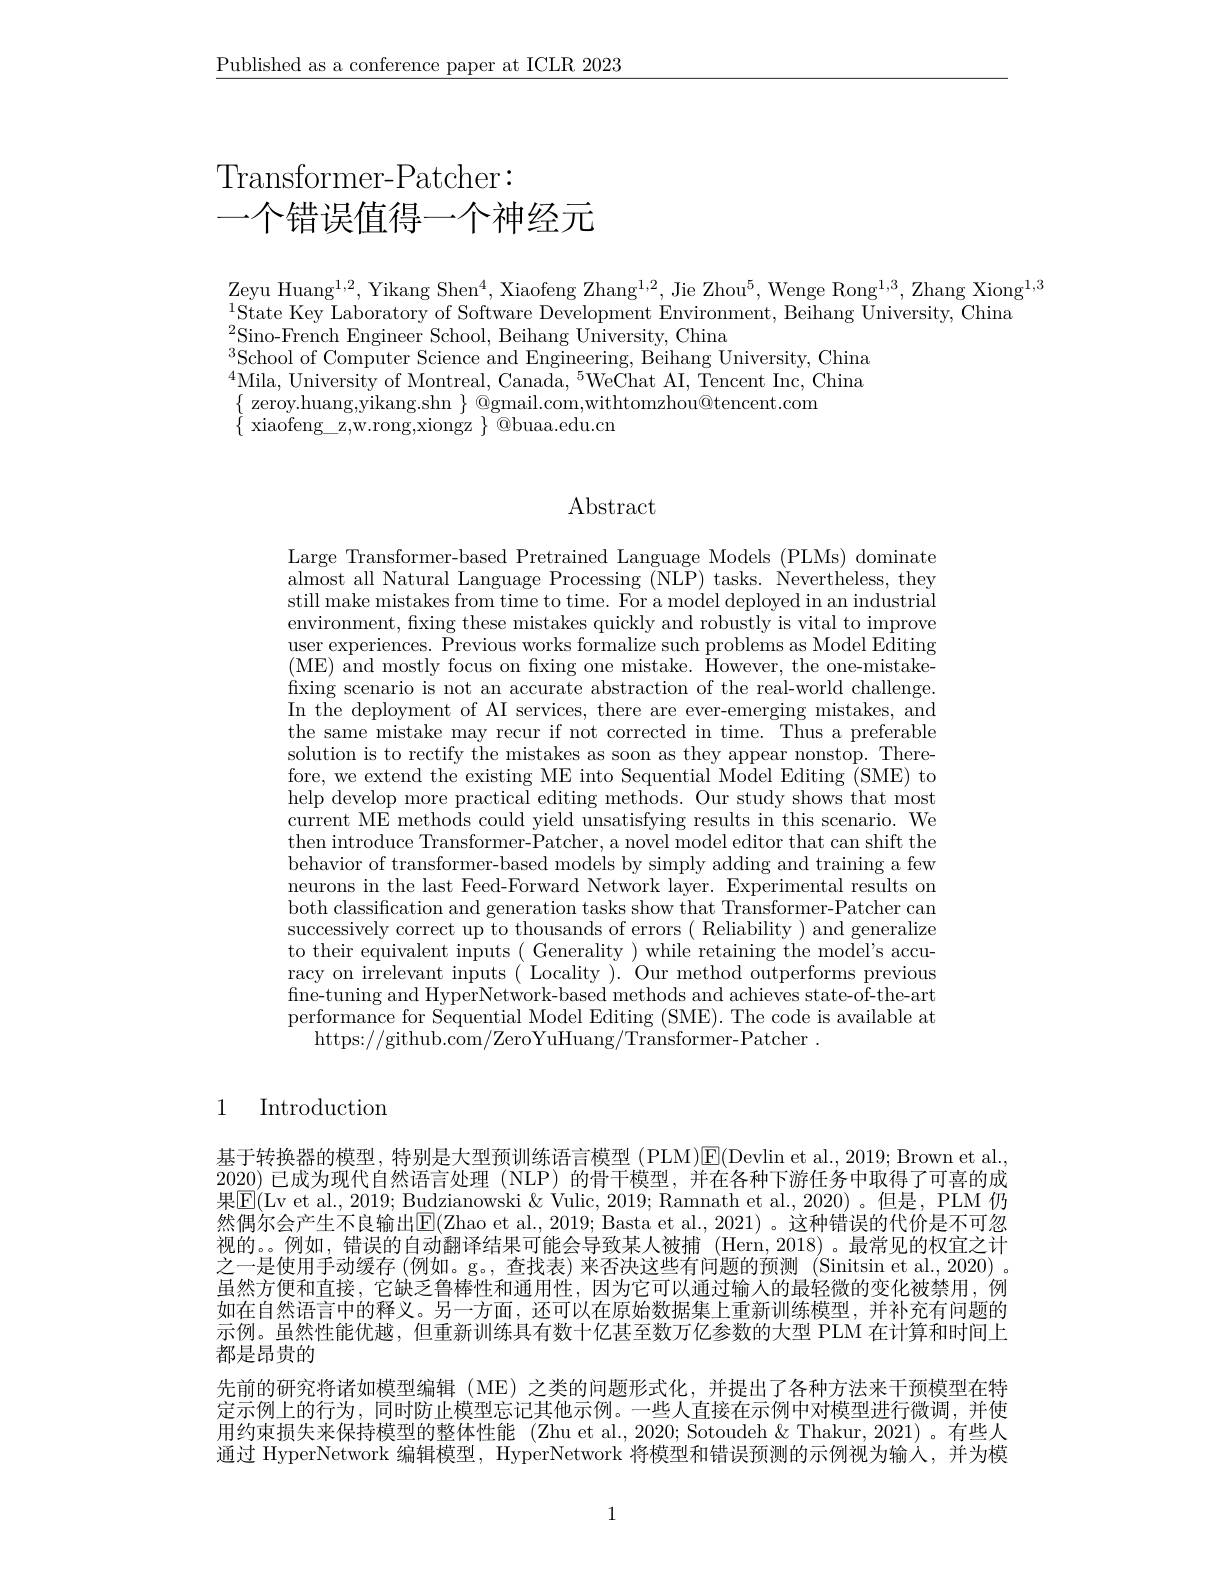
$\underline{\text{Published as a conference paper at ICLR 2023}}$

# Transformer-Patcher: 一个错误值得一个神经元

$\mathrm{Zeyu~Huang}^{1,2}$, Yikang Shen$^4$, Xiaofeng Zhang$^1,2$, Jie Zhou$^5$,Wenge Rong$^1,3$, Zhang Xiong$^1,3$
$^{1}$State Key Laboratory of Software Development Environment, Beihang University, China
$^{2}$Sino-French Engineer School, Beihang University, China
$^{3}$School of Computer Science and Engineering, Beihang University, China $^4$Mila, University of Montreal, Canada, $^5$WeChat AI, Tencent Inc, China $\{$ zeroy.huang,yikang.shn $\}$ @gmail.com,withtomzhou@tencent.com
$\{$ xiaofeng\_z,w.rong,xiongz $\}$ @buaa.edu.cn

# Abstract

Large Transformer-based Pretrained Language Models (PLMs) dominate almost all Natural Language Processing (NLP) tasks. Nevertheless, they still make mistakes from time to time. For a model deployed in an industrial environment, fixing these mistakes quickly and robustly is vital to improve user experiences. Previous works formalize such problems as Model Editing (ME$) {\mathrm{~and~mostly~focus~on~fixing~one~mistake. ~However, ~the~one- mistake- }}$ fixing scenario is not an accurate abstraction of the real-world challenge. In the deployment of AI services, there are ever-emerging mistakes, and the same mistake may recur if not corrected in time. Thus a preferable solution is to rectify the mistakes as soon as they appear nonstop. Therefore, we extend the existing ME into Sequential Model Editing (SME) to help develop more practical editing methods. Our study shows that most current ME methods could yield unsatisfying results in this scenario. We then introduce Transformer-Patcher, a novel model editor that can shift the behavior of transformer-based models by simply adding and training a few neurons in the last Feed-Forward Network layer. Experimental results on both classification and generation tasks show that Transformer-Patcher can successively correct up to thousands of errors ( Reliability ) and generalize to their equivalent inputs( Generality) while retaining the model's accuracy on irrelevant inputs( Locality). Our method outperforms previous fine-tuning and HyperNetwork-based methods and achieves state-of-the-art performance for Sequential Model Editing (SME). The code is available at
https: / / github. com/ ZeroYuHuang/ Transformer- Patcher .

1

Introduction

基于转换器的模型，特别是大型预训练语言模型(PLM)E(Devlin et al.,2019; Brown et al., 2020) 已成为现代自然语言处理 (NLP) 的骨干模型，并在各种下游任务中取得了可喜的成果$\boxed{\mathrm{E}}($Lv et al., 2019; Budzianowski & Vulic, 2019; Ramnath et al., 2020)。但是，PLM 仍然偶尔会产生不良输出$\boxed{\mathrm{E}}($Zhao et al., 2019; Basta et al., 2021) 。这种错误的代价是不可忽视的。例如，错误的自动翻译结果可能会导致某人被捕(Hern,2018)。最常见的权宜之计之一是使用手动缓存 (例如。g。, 查找表) 来否决这些有问题的预测 (Sinitsin et al., 2020) 。虽然方便和直接，它缺乏鲁棒性和通用性，因为它可以通过输人的最轻微的变化被禁用，例如在自然语言中的释义。另一方面，还可以在原始数据集上重新训练模型，并补充有问题的示例。虽然性能优越，但重新训练具有数十亿甚至数万亿参数的大型 PLM 在计算和时间上都是昂贵的
先前的研究将诸如模型编辑(ME)之类的问题形式化，并提出了各种方法来干预模型在特定示例上的行为，同时防止模型忘记其他示例。一些人直接在示例中对模型进行微调，并使用约束损失来保持模型的整体性能 (Zhu et al.,2020; Sotoudeh& Thakur, 2021)。有些人通过 HyperNetwork 编辑模型，HyperNetwork 将模型和错误预测的示例视为输人，并为模

1